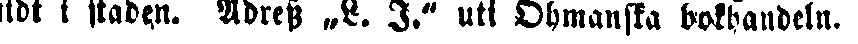
midt i staden. Adress „L. I." uti Öhmanska bokhandeln.